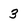
Character: 3